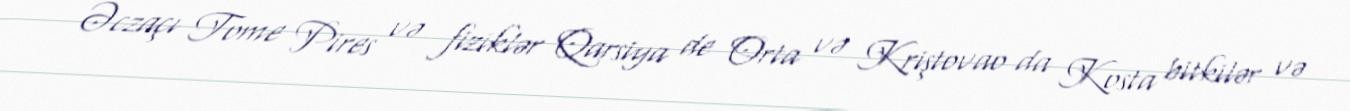
Əczaçı Tome Pires və fiziklər Qarsiya de Orta və Kriştovao da Kosta bitkilər və